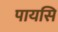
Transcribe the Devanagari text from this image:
पायसि